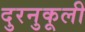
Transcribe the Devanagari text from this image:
दुरनुकूली